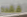
فقده